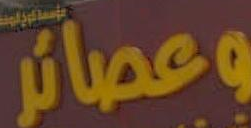
وعصائر